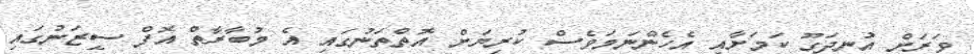
ވަރަށް އުނދަގޫ ކަމަށާއި އެހެންނަމަވެސް ކުރިޔަށް އޮތްތަނުގައި އެ މުބާރާތް އޮފް ސީޒަނުގައި